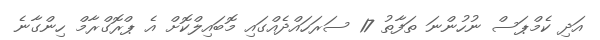
އަދި ކެމްޕަސް ނުހުންނަ ތަފާތު 17 ސަރަހައްދެއްގައި މޮބައިލްކޮށް އެ ޕްރޮގްރާމް ހިންގާނެ